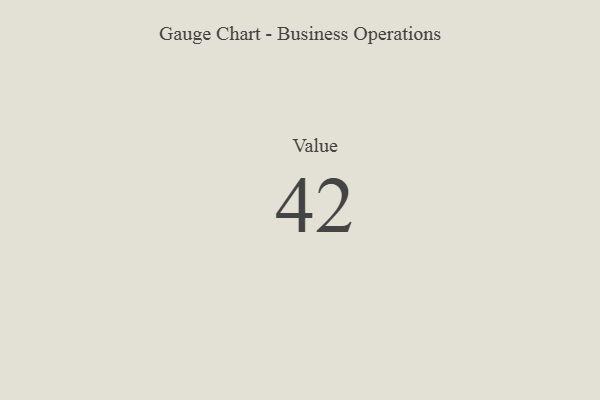
{"axis": {"x": "Metric", "y": "Value"}, "legend": [""], "data": [{"x": "Value", "y": 42, "type": ""}]}